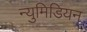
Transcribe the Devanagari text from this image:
न्युमिडियन